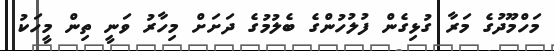
މަހްމޫދުގެ މަރާ ގުޅިގެން ފުލުހުންގެ ބެލުމުގެ ދަށަށް މިހާރު ވަނީ ތިން މީހަކު